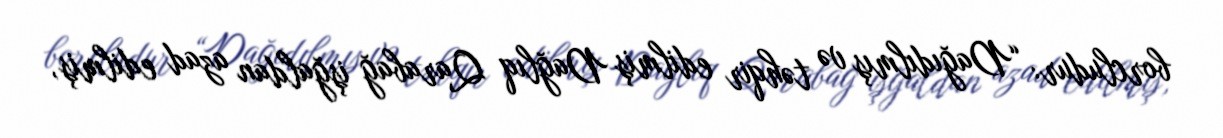
borcludur: “Dağıdılmış və təhqir edilmiş Dağlıq Qarabağ işğaldan azad edilmiş,